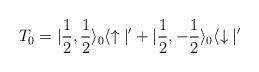
LaTeX: \begin{align*}T_0 = |\frac{1}{2}, \frac{1}{2} \rangle_0 \langle\uparrow |' + |\frac{1}{2}, -\frac{1}{2} \rangle_0 \langle \downarrow |'\end{align*}